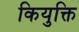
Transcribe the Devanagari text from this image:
कियुक्ति